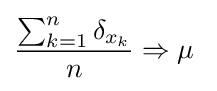
{\frac {\sum _{k=1}^{n}\delta _{x_{k}}}{n}}\Rightarrow \mu \